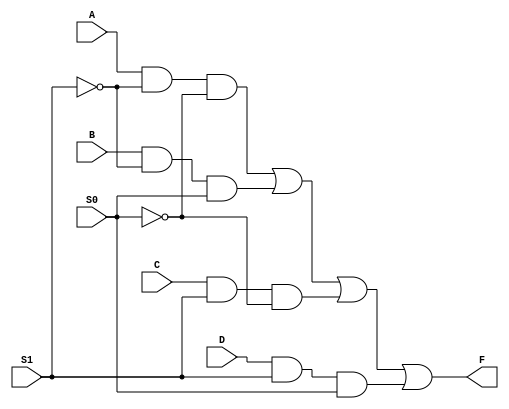
module fourToOneMux(A,B,C,D,S1,S0,F);

	input A,B,C,D,S1,S0;
	output F;
	
	assign F = ((A&~S1&~S0)|(B&~S1&S0)|(C&S1&~S0)|(D&S1&S0));
endmodule